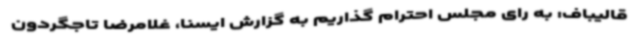
قالیباف: به رای مجلس احترام گذاریم به گزارش ایسنا، غلامرضا تاجگردون